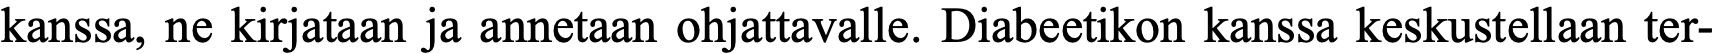
kanssa, ne kirjataan ja annetaan ohjattavalle. Diabeetikon kanssa keskustellaan ter-